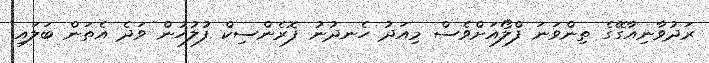
ރަދުވާނިއާގޭގެ ތިންވަނަ ފްލޯއަށްވެސް މިއަދު ހެނދުނު ފޮރެންސިކް ފުލުހުން ވަދެ އެތަން ބަލައި